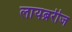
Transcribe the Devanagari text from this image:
लायब्ररीज